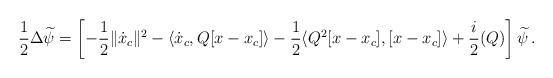
LaTeX: \begin{align*} \frac{1}{2} \Delta \widetilde{\psi} =\left[-\frac{1}{2} \|\dot{x}_c\|^2 - \langle \dot{x}_c , Q [x-x_c]\rangle - \frac{1}{2}\langle Q^2 [x-x_c],[x-x_c]\rangle + \frac{i}{2} (Q)\right] \widetilde{\psi}\,.\end{align*}